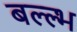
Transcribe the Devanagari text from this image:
बल्ल्भ